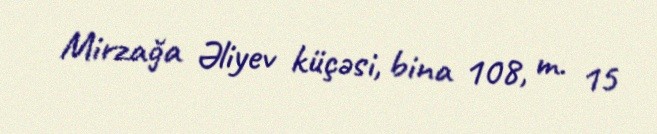
Mirzağa Əliyev küçəsi, bina 108, m. 15